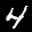
Label: 4